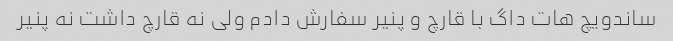
ساندویچ هات داگ با قارچ و پنیر سفارش دادم ولی نه قارچ داشت نه پنیر